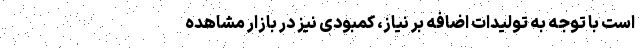
است با توجه به تولیدات اضافه بر نیاز، کمبودی نیز در بازار مشاهده